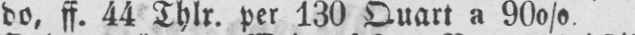
do, ff. 44 Thlr. per 130 Quart a 900/0.